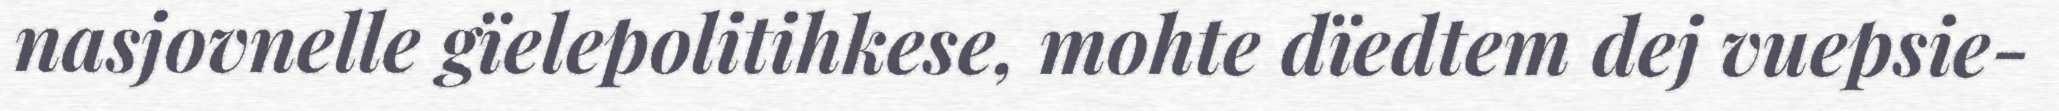
nasjovnelle gïelepolitihkese, mohte dïedtem dej vuepsie-